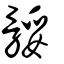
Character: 骽